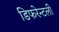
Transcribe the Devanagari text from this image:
डिफरेन्टली